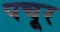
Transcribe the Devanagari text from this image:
पचूर